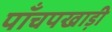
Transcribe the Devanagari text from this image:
पाँचपखाड़ी